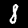
Label: 8